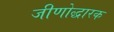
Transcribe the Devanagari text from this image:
जीणोद्धारक